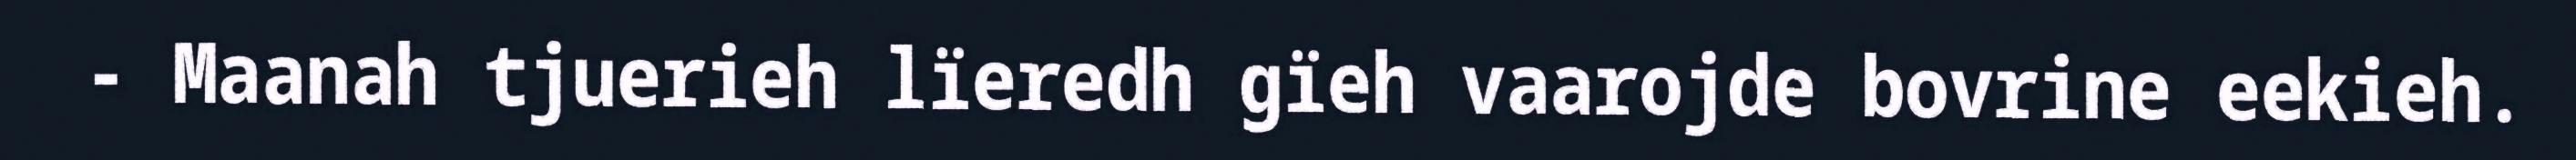
- Maanah tjuerieh lïeredh gïeh vaarojde bovrine eekieh.